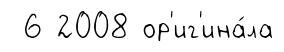
6 2008 ор'иг'ина́ла